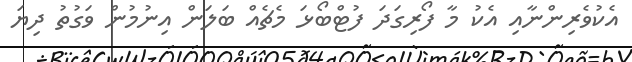
އެކުވެރިންނާއި އެކު މާ ފޯރިގަދަ ފުޓްބޯޅަ މެޗެއް ބަލަން އިނުމުން ވަގުތު ދިޔަ